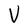
Character: V